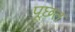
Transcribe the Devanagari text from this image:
पूछ़त